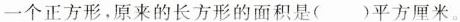
一个正方形，原来的长方形的面积是( )平方厘米。